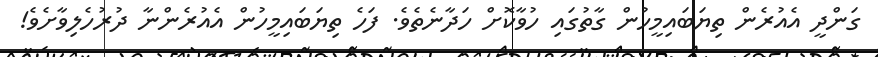
ގަންދީ އެއުރެން ތިޔަބައިމީހުން ގާތުގައި ހުވާކޮށް ހަދާނެތެވެ. ފަހެ ތިޔަބައިމީހުން އެއުރެންނާ ދުރުހެލިވާށެވެ!